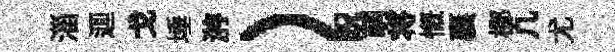
淄逥戈埵㳺）貺萌将慨襄榔凢尤